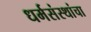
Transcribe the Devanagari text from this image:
धर्मसंस्थांचा